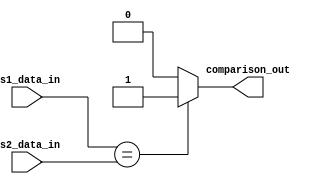
module Comparison_unit 
(
  rs1_data_in, 
  rs2_data_in, 
  comparison_out
);

input [31:0] rs1_data_in;
input [31:0] rs2_data_in;
output comparison_out;

assign comparison_out = rs1_data_in == rs2_data_in ? 1: 0; //1 if beq condition is satisfied


endmodule